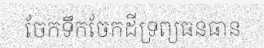
ចែកទឹកចែកដីទ្រព្យធនធាន